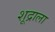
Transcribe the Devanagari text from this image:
शूद्राला